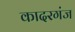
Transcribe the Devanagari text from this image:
कादरगंज